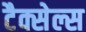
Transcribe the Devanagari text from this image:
टैक्सेल्स